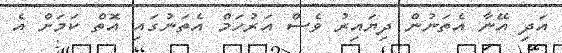
އަދި އޭނާ އެތަނުން ދިޔައިރު ވެސް އަރުހަމް އެތަނުގައި އޮތް ކަމަށް އެ